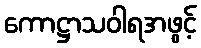
ကောဋ္ဌာသဝါရအဖွင့်